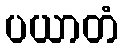
ပယာတံ